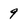
Character: 9